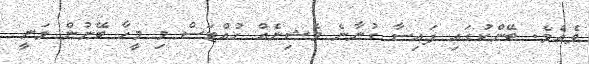
ވެއެވެ. ބޭންކުގައި ފައިސާ ގުނާނެ މެޝިނެއް ހުއްޓަސް މި މީހާ ބޭނުން ވަނީ